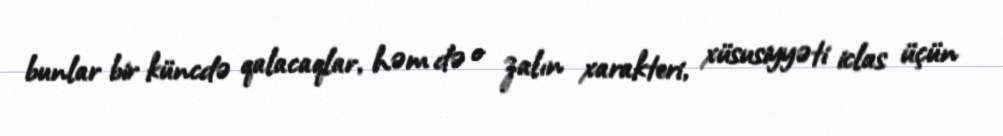
bunlar bir küncdə qalacaqlar, həm də o zalın xarakteri, xüsusiyyəti iclas üçün